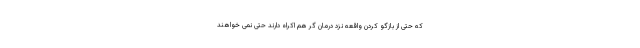
که حتی از بازگو کردن واقعه نزد درمان گر هم اکراه دارند حتی نمی خواهند